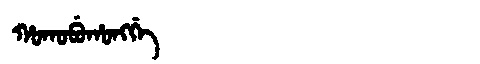
Manchu: ᡥᠣᡴᠣᠪᡠᡥᠣᠩᡤᡝ
Romanization: HOKOBUHONGGE